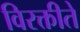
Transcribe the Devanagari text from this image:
विरक्तीते